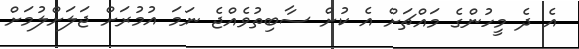
އެ ދެ މީހުންގެ މައްޗަށް އެ ކުށް ސާބިތުވެއްޖެ ނަމަ އުމުރަށް ޖަލަށްލުމަށް